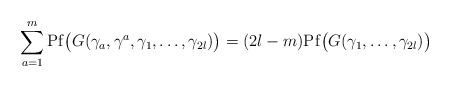
\begin{align*} \sum_{a=1}^{m}\mathrm{Pf}\big(G(\gamma_a,\gamma^a,\gamma_1,\dots,\gamma_{2l})\big) =(2l-m)\mathrm{Pf}\big(G(\gamma_1,\dots,\gamma_{2l})\big)\end{align*}